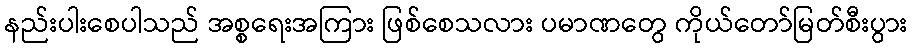
နည်းပါးစေပါသည် အစ္စရေးအကြား ဖြစ်စေသလား ပမာဏတွေ ကိုယ်တော်မြတ်စီးပွား